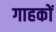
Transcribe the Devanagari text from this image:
गाहकों